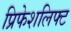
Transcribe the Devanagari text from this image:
प्रिफेशलिफ्ट